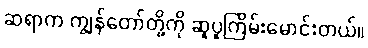
ဆရာက ကျွန်တော်တို့ကို ဆူပူကြိမ်းမောင်းတယ်။